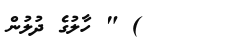
) " ހާލުގެ ދުލުން